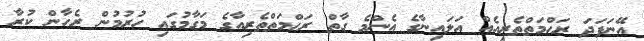
އޭނަފަދަ ރަޙްމަތްތެރިއެއް އަލައިނާގެ އެންމެ ގާތް ރަޙްމަތްތެރިއާގެ މަގާމުގައި ހުރުމުން ރެހާން ކުރާ